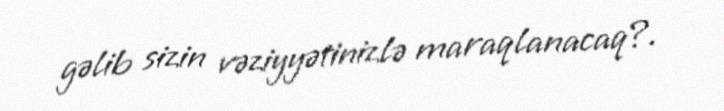
gəlib sizin vəziyyətinizlə maraqlanacaq?.